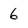
Character: 6